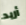
أريد